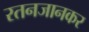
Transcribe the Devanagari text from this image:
रतनजानकर